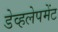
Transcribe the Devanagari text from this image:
डेव्हलेपमेंट